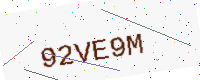
Text: 92VE9M